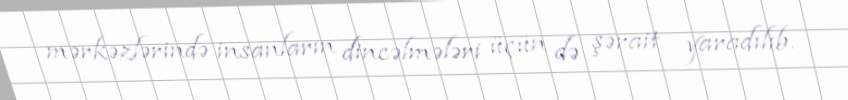
mərkəzlərində insanların dincəlmələri üçün də şərait yaradılıb.